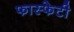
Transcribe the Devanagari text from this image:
फास्फेटी